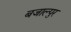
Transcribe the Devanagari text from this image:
बजाल्पुर